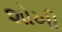
શોખી